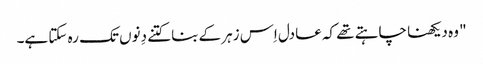
" وہ دیکھنا چاہتے تھے کہ عادل اِس زہر کے بنا کتنے دِنوں تک رہ سکتا ہے۔